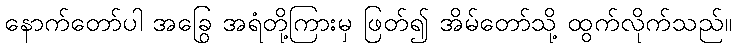
နောက်တော်ပါ အခြွေ အရံတို့ကြားမှ ဖြတ်၍ အိမ်တော်သို့ ထွက်လိုက်သည်။